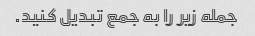
جمله زیر را به جمع تبدیل کنید.